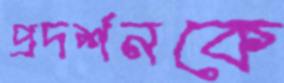
প্রদর্শনকে